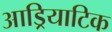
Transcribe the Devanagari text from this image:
आड्रियाटिक